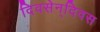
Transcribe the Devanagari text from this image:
दिवसेन्‌दिवस